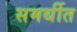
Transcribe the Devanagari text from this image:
समर्थीत